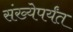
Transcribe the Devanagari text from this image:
संख्येपर्यंत